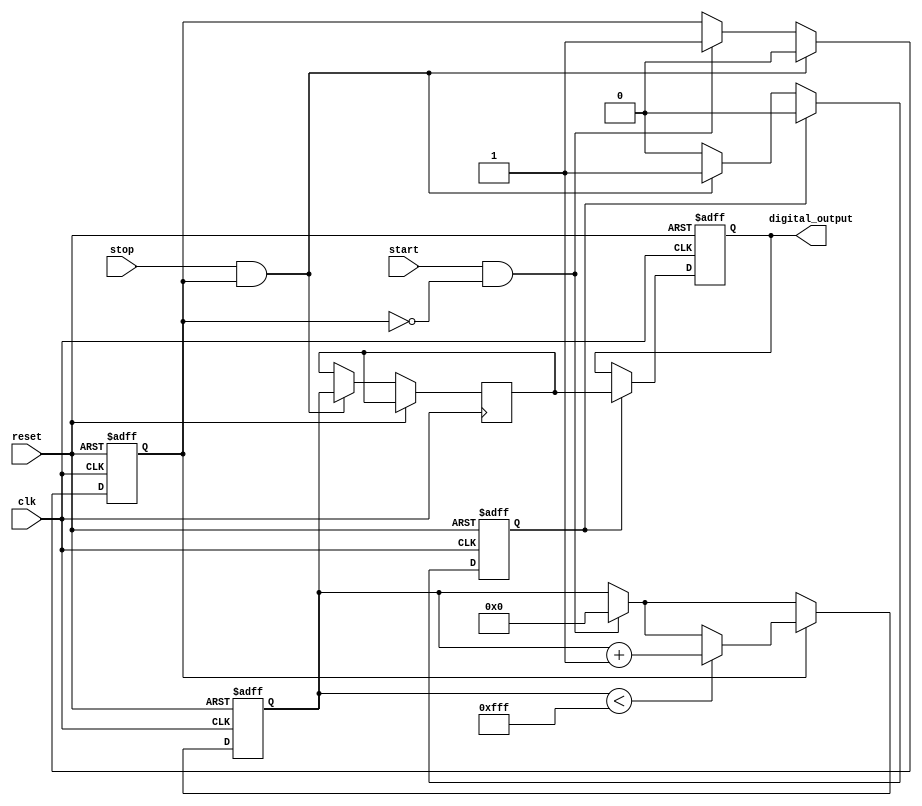
module TDC (
    input wire clk,          // System clock
    input wire reset,        // Asynchronous reset
    input wire start,        // Start signal
    input wire stop,         // Stop signal
    output reg [11:0] digital_output // 12-bit digital output
);

    // Parameters
    parameter RAMP_RATE = 12'd1; // Adjust ramp rate as needed
    parameter MAX_VOLTAGE = 12'd4095; // Max voltage level for ADC (12-bit resolution)

    // Internal signals
    reg [11:0] voltage;        // Voltage level (ramp value)
    reg ramping;               // Ramp state
    reg sample_hold;           // Sample and hold state
    reg [11:0] sampled_voltage; // Sampled voltage value

    // Control logic
    always @(posedge clk or posedge reset) begin
        if (reset) begin
            voltage <= 12'd0;
            digital_output <= 12'd0;
            ramping <= 1'b0;
            sample_hold <= 1'b0;
        end else begin
            // Start ramping on rising edge of start signal
            if (start && !ramping) begin
                ramping <= 1'b1;
                voltage <= 12'd0; // Reset voltage
            end
            
            // Ramp voltage while in ramping state
            if (ramping) begin
                if (voltage < MAX_VOLTAGE) begin
                    voltage <= voltage + RAMP_RATE; // Increment voltage
                end
            end
            
            // Stop ramping on rising edge of stop signal
            if (stop && ramping) begin
                ramping <= 1'b0;
                sample_hold <= 1'b1; // Trigger sample and hold
                sampled_voltage <= voltage; // Capture the current voltage
            end
            
            // Hold the sampled voltage
            if (sample_hold) begin
                digital_output <= sampled_voltage; // Output the sampled voltage
                sample_hold <= 1'b0; // Reset sample hold
            end
        end
    end

endmodule